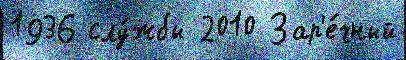
1936 слу́жбы 2010 Зар'е́чный